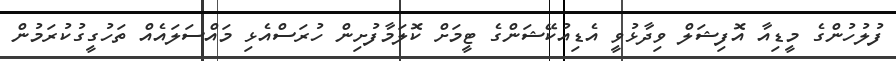
ފުލުހުންގެ މީޑިއާ އޮފިޝަލް ވިދާޅުވީ އެޑިއުކޭޝަންގެ ޓީމަށް ކޮލަމާފުށިން ހުރަސްއެޅި މައްސަލައެއް ތަހުގީގުކުރަމުން